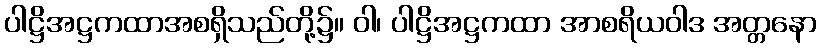
ပါဋ္ဌိအဋ္ဌကထာအစရှိသည်တို့၌။ ဝါ၊ ပါဋ္ဌိအဋ္ဌကထာ အာစရိယဝါဒ အတ္တနော